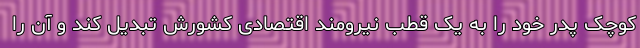
کوچک پدر خود را به یک قطب نیرومند اقتصادی کشورش تبدیل کند و آن را